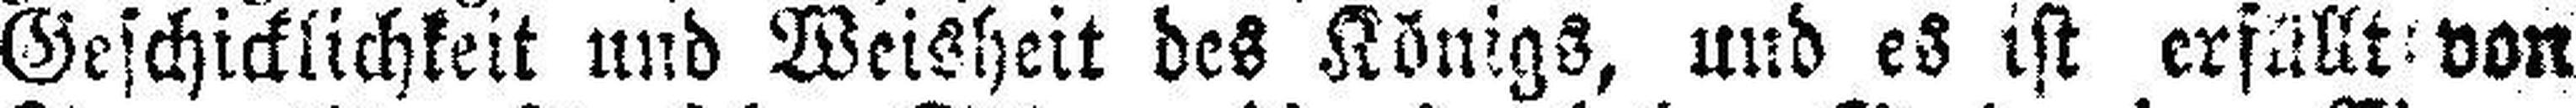
Geschicklichkeit und Weisheit des Königs, und es ist erfüllt von